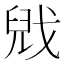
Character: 𫻻